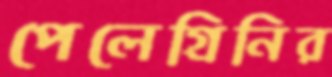
পেলেগ্রিনির